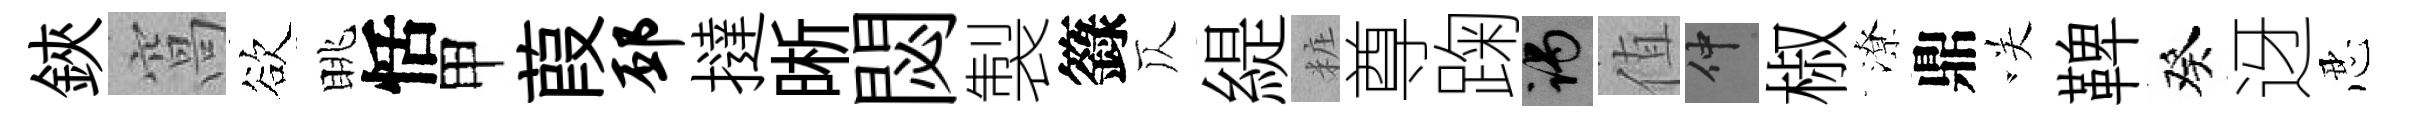
鋏窩欲眺恬甲葭邳撻晰閟製籙仄緹粧尊踘谒值仲椒潦鼎咲鞞癸迓忍